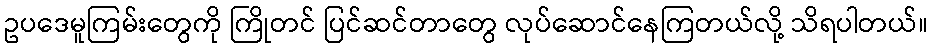
ဥပဒေမူကြမ်းတွေကို ကြိုတင် ပြင်ဆင်တာတွေ လုပ်ဆောင်နေကြတယ်လို့ သိရပါတယ်။